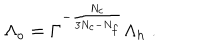
\Lambda _ { o } = \Gamma ^ { - { \frac { N _ { c } } { 3 N _ { c } - N _ { f } } } } \Lambda _ { h } \; .